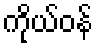
ကိုယ်ဝန်